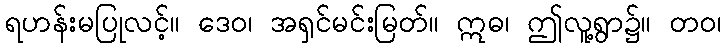
ရဟန်းမပြုလင့်။ ဒေဝ၊ အရှင်မင်းမြတ်။ ဣဓ၊ ဤလူ့ရွာ၌။ တဝ၊